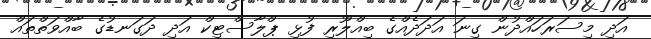
އަދި މިސަރަހައްދުން ގިނަ އަދަދެއްގެ ބިއްލޫރި ފުޅި ޕްލާސްޓިކް އަދި ދަގަނޑުގެ ބާއްވަތްތައް